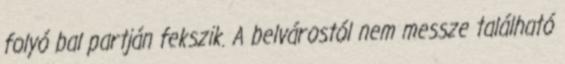
folyó bal partján fekszik. A belvárostól nem messze található